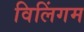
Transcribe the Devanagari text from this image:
विलिंगम